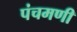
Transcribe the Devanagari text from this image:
पंचमणी